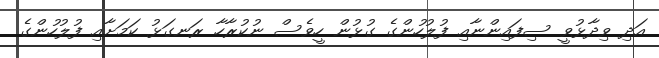
އަދި ވިދާޅުވީ ސިފައިންނާއި ފުލުހުންގެ ގުޅުން ހީވެސް ނުކުރާހާ ރަނގަޅު ކަމަށާއި ފުލުހުންގެ